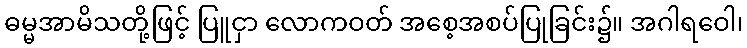
ဓမ္မအာမိသတို့ဖြင့် ပြူငှာ လောကဝတ် အစေ့အစပ်ပြုခြင်း၌။ အဂါရဝေါ၊